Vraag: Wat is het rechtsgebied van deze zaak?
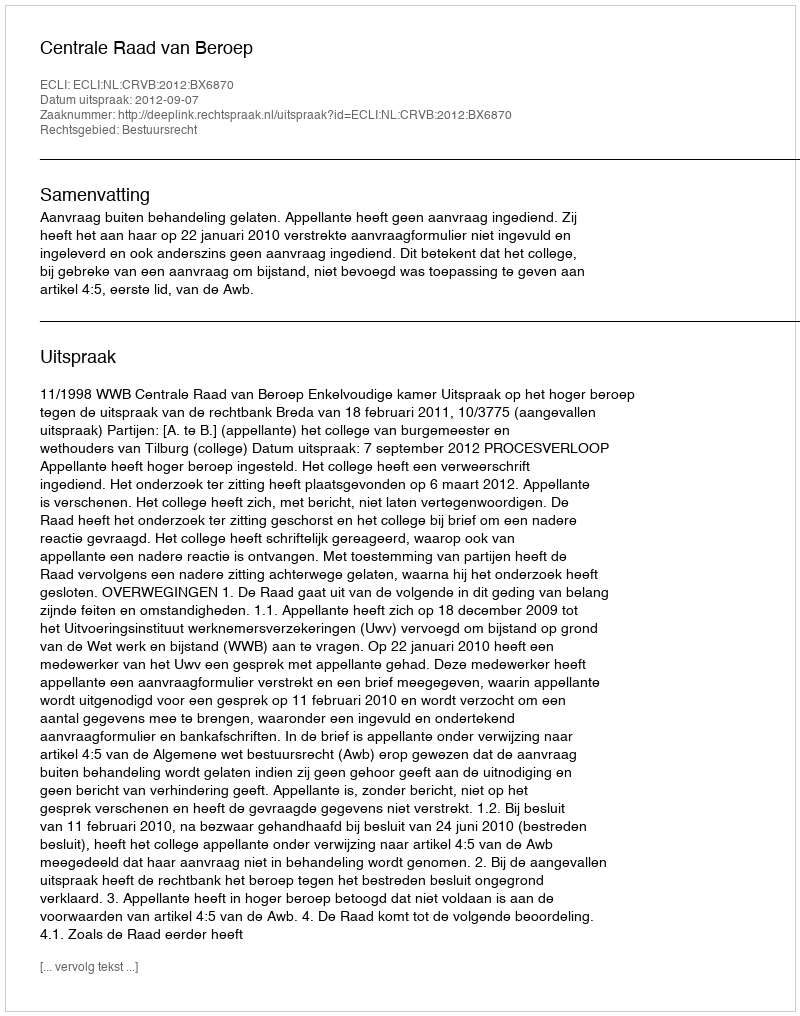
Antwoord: Bestuursrecht